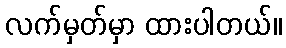
လက်မှတ်မှာ ထားပါတယ်။